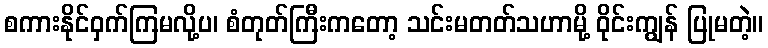
စကားနိုင်ဝှက်ကြမလို့ပ၊ စံတုတ်ကြီးကတော့ သင်းမတတ်သဟာမို့ ဝိုင်းကျွန် ပြုမတဲ့။